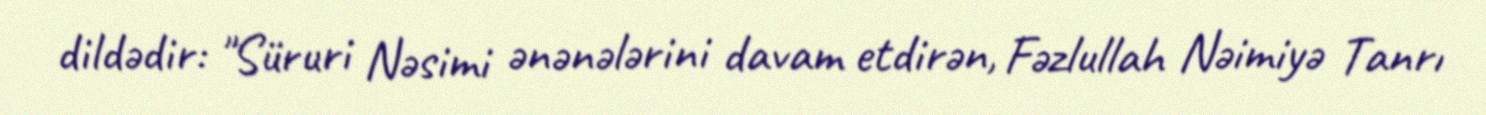
dildədir: "Süruri Nəsimi ənənələrini davam etdirən, Fəzlullah Nəimiyə Tanrı